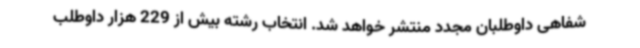
شفاهی داوطلبان مجدد منتشر خواهد شد. انتخاب رشته بیش از 229 هزار داوطلب